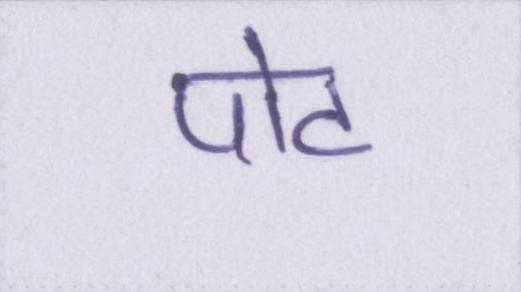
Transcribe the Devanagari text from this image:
पोट